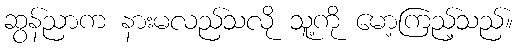
ဆွန်ညာက နားမလည်သလို သူ့ကို မော့ကြည့်သည်။